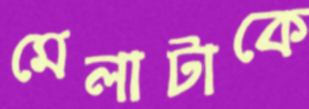
মেলাটাকে